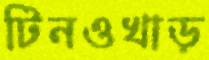
টিনওখাড়